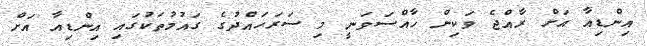
އިންޑިއާ އަށް ރާއްޖެ ވަކިން ހާއްސަވަނީ މި ސަރަހައްދުގެ ގައުމުތަކުގައި އިންޑިއާ އަށް